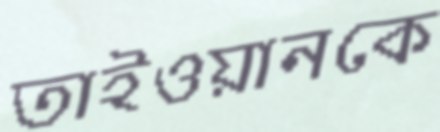
তাইওয়ানকে